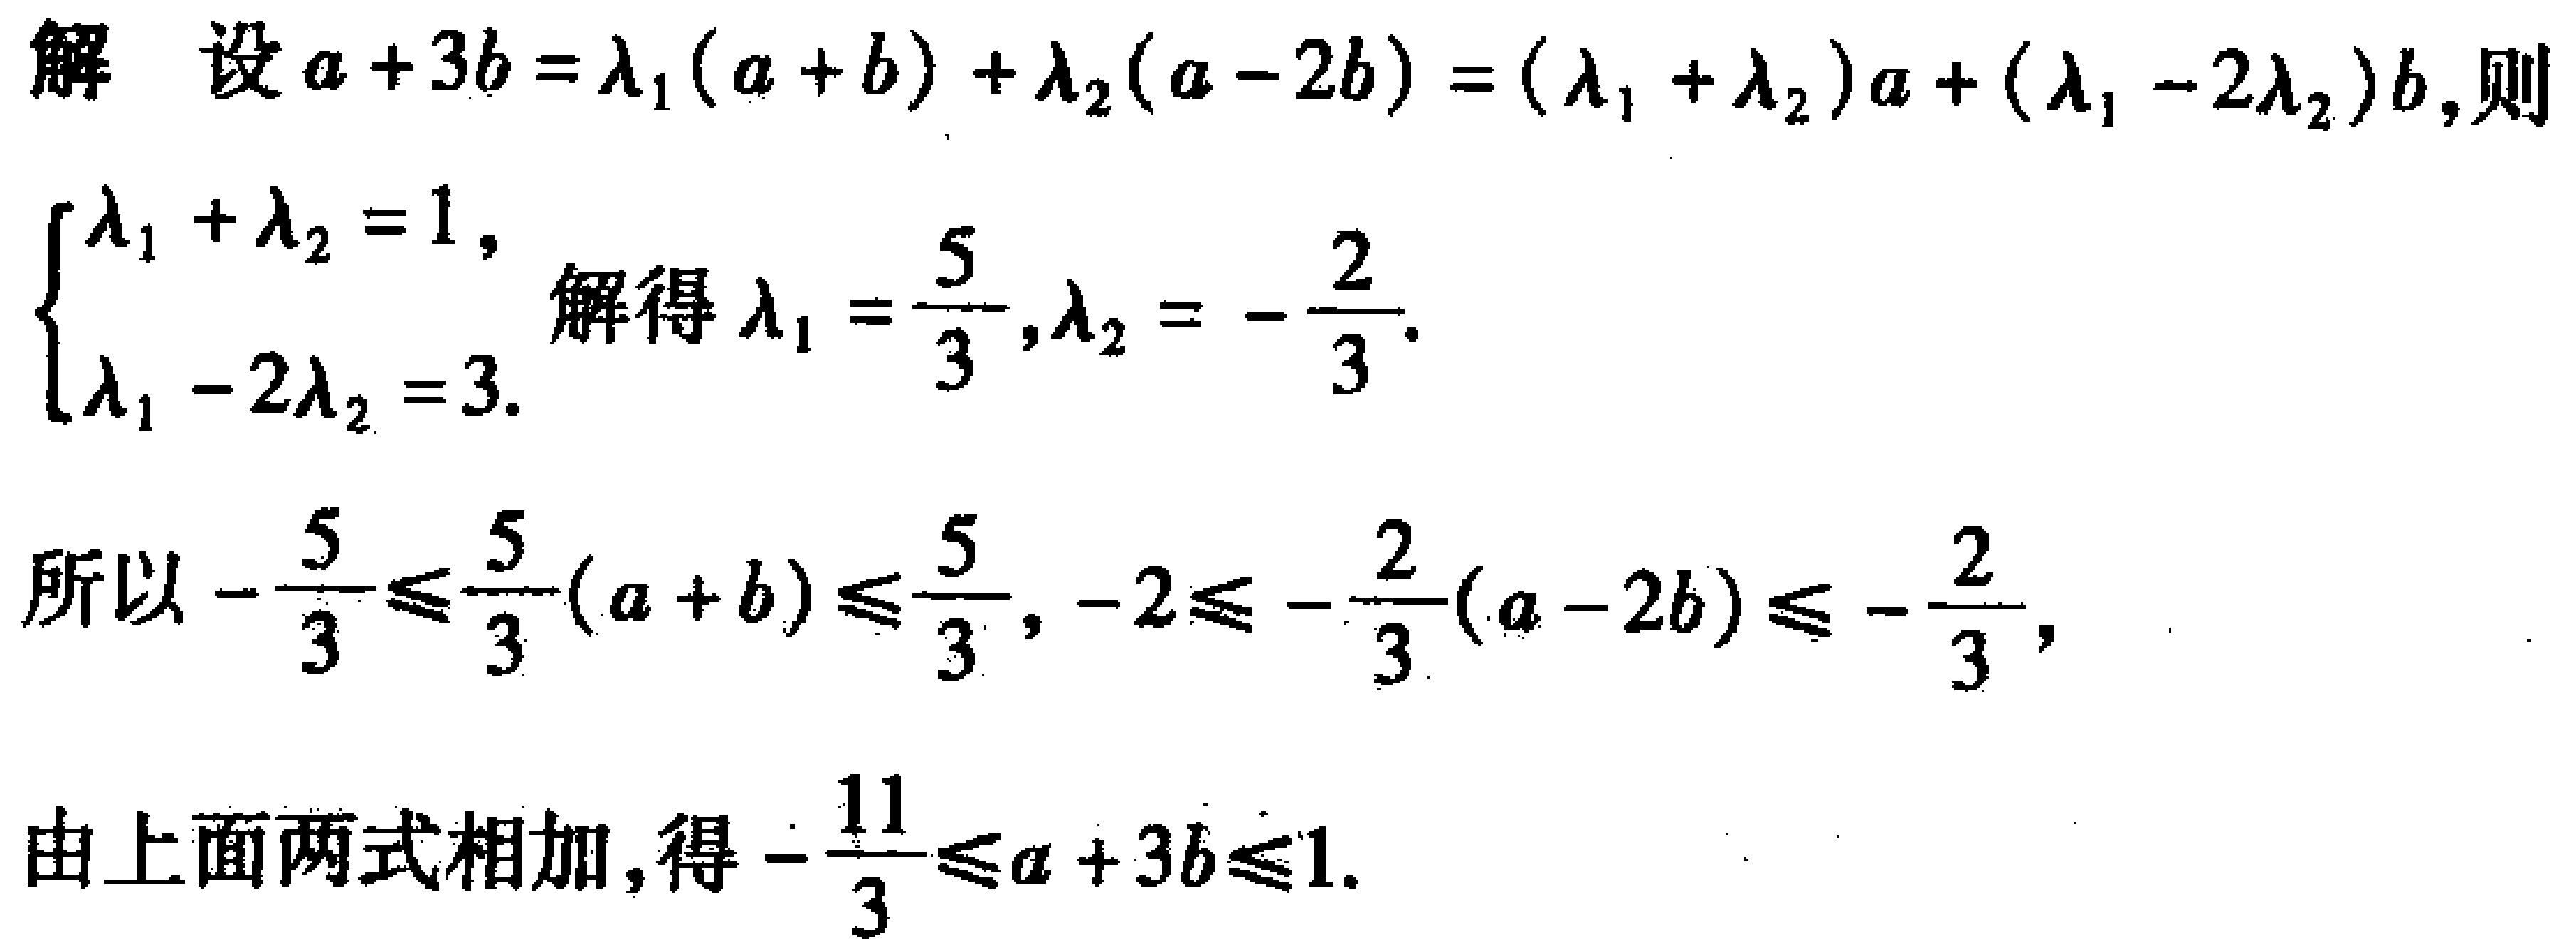
解 设\(a + 3b=\lambda_1(a + b)+\lambda_2(a - 2b)=(\lambda_1+\lambda_2)a+(\lambda_1 - 2\lambda_2)b\)，则

\(\begin{cases}

\lambda_1+\lambda_2 = 1,\\

\lambda_1 - 2\lambda_2 = 3.

\end{cases}\)解得\(\lambda_1=\frac{5}{3},\lambda_2=-\frac{2}{3}\).

所以\(-\frac{5}{3}\leq\frac{5}{3}(a + b)\leq\frac{5}{3},-2\leq-\frac{2}{3}(a - 2b)\leq-\frac{2}{3}\)，

由上面两式相加，得\(-\frac{11}{3}\leq a + 3b\leq1\).